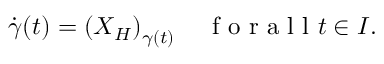
\begin{array} { r } { \dot { \gamma } ( t ) = \left( X _ { H } \right) _ { \gamma ( t ) } \quad \mathrm { ~ f ~ o ~ r ~ a ~ l ~ l ~ } t \in I . } \end{array}